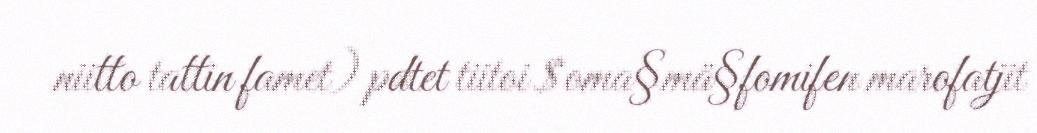
niitto tattin famet) pdtet tiitoi $oma§mä§fomifen marofatjit